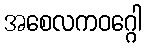
အစေလကဝဂ္ဂေါ